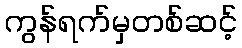
ကွန်ရက်မှတစ်ဆင့်